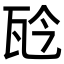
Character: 𤬯